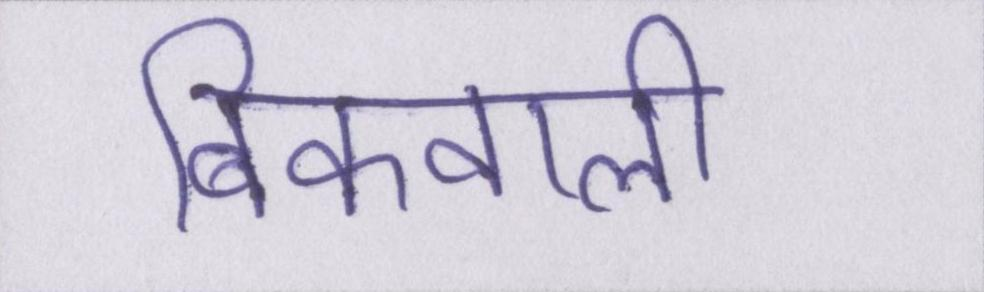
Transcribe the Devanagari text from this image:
बिकवाली